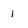
Character: 1